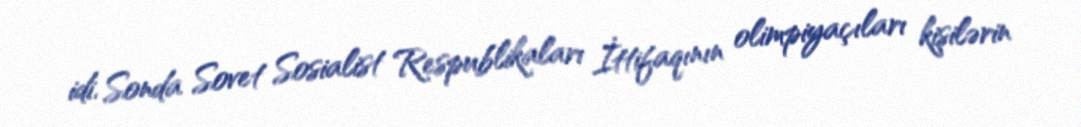
idi. Sonda Sovet Sosialist Respublikaları İttifaqının olimpiyaçıları kişilərin